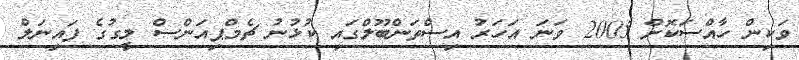
ވަކިން ހާއްސަކޮށް 2005 ވަނަ އަހަރު އިސްތަންބޫލްގައި ކުޅުނު ޗެމްޕިއަންސް ލީގުގެ ފައިނަލް